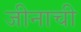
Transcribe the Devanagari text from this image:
जीनाची